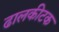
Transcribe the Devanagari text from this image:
ढालकीटक